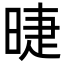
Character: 㫸